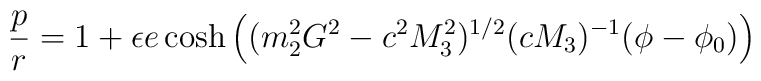
\frac{p}{r} = 1 + \epsilon e \cosh \left( (m_{2}^{2} G^{2} - c^{2} M_{3}^{2})^{1/2} (cM_{3})^{- 1}(\phi - \phi_{0} )\right)